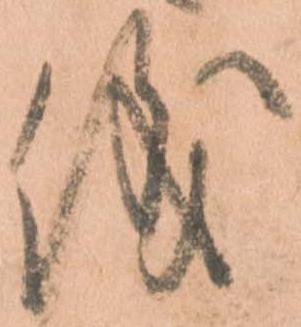
儀